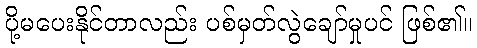
ပို့မပေးနိုင်တာလည်း ပစ်မှတ်လွဲချော်မှုပင် ဖြစ်၏။